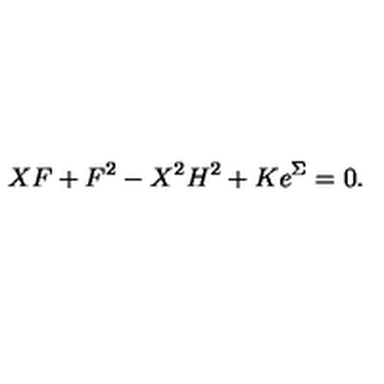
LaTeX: X F + F ^ { 2 } - X ^ { 2 } H ^ { 2 } + K e ^ { \Sigma } = 0 .